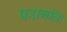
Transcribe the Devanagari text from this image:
परागतिः